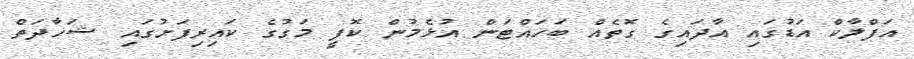
އަފްލާކް އަޑުގައި އާދައިގެ ގޮތެއް ބަހައްޓަން އުޅެމުން ކޮފީ މަގުގެ ކައިރިފަށުގައި ޝަހާދަތް